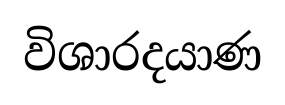
විශාරදයාණ